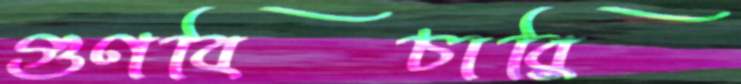
গুণবিচারি